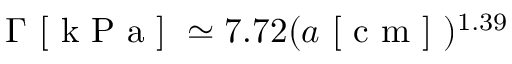
\Gamma \mathrm { ~ [ ~ k ~ P ~ a ~ ] ~ } \simeq 7 . 7 2 ( a \mathrm { ~ [ ~ c ~ m ~ ] ~ } ) ^ { 1 . 3 9 }